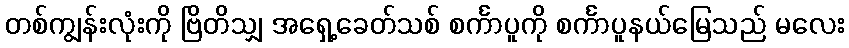
တစ်ကျွန်းလုံးကို ဗြိတိသျှ အရှေ့ခေတ်သစ် စင်္ကာပူကို စင်္ကာပူနယ်မြေသည် မလေး